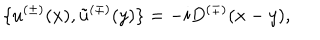
\{ u ^ { ( \pm ) } ( x ) , \tilde { u } ^ { ( \mp ) } ( y ) \} = - i D ^ { ( \mp ) } ( x - y ) ,